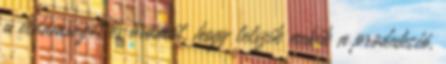
a vidámságot és örömöt, hogy tetszik nekik a produkció.